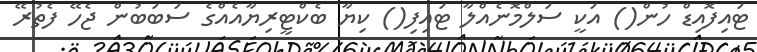
ޓައިފޮއިޑް ހުން() އަކީ ސަލްމޮނެއްލާ ޓައިފި() ކިޔާ ބެކްޓީރިޔާއެއްގެ ސަބަބުން ޖެހޭ ފެތުރޭ